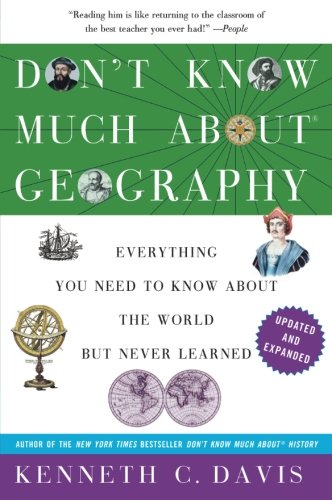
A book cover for Don't Know Much About Geography: Revised and Updated Edition (Don't Know Much About Series); Kenneth C. Davis; Science & Math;